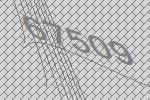
67509